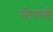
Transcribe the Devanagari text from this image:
स्टेफर्ड